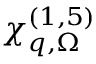
\chi _ { \boldsymbol { q } , \Omega } ^ { ( 1 , 5 ) }